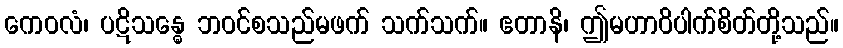
ကေဝလံ၊ ပဋိသန္ဓေ ဘဝင်စသည်မဖက် သက်သက်။ ဧတာနိ၊ ဤမဟာဝိပါက်စိတ်တို့သည်။